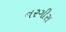
નરગીસ